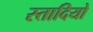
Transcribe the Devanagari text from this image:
स्तादियो